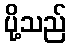
ပို့သည်